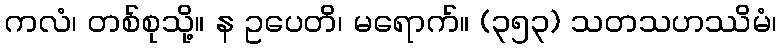
ကလံ၊ တစ်စုသို့။ န ဥပေတိ၊ မရောက်။ (၃၅၃) သတသဟဿိမံ၊